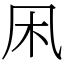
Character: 凩